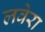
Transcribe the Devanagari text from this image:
लवेरा